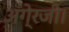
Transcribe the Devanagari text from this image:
अंगे्रजी।